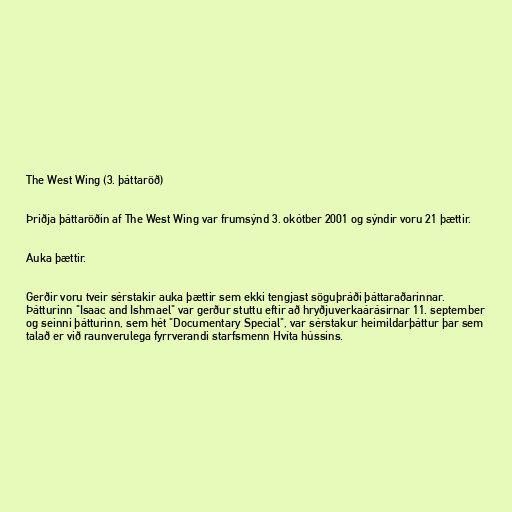
The West Wing (3. þáttaröð)

Þriðja þáttaröðin af The West Wing var frumsýnd 3. okótber 2001 og sýndir voru 21 þættir.

Auka þættir.

Gerðir voru tveir sérstakir auka þættir sem ekki tengjast söguþráði þáttaraðarinnar.
Þátturinn "Isaac and Ishmael" var gerður stuttu eftir að hryðjuverkaárásirnar 11. september
og seinni þátturinn, sem hét "Documentary Special", var sérstakur heimildarþáttur þar sem
talað er við raunverulega fyrrverandi starfsmenn Hvíta hússins.